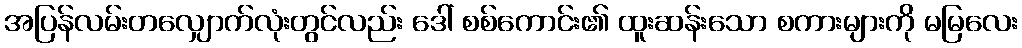
အပြန်လမ်းတလျှောက်လုံးတွင်လည်း ဒေါ် စစ်ကောင်း၏ ထူးဆန်းသော စကားများကို မမြလေး